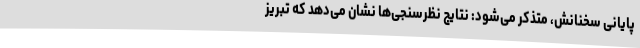
پایانی سخنانش، متذکر می‌شود: نتایج نظرسنجی‌ها نشان می‌دهد که تبریز